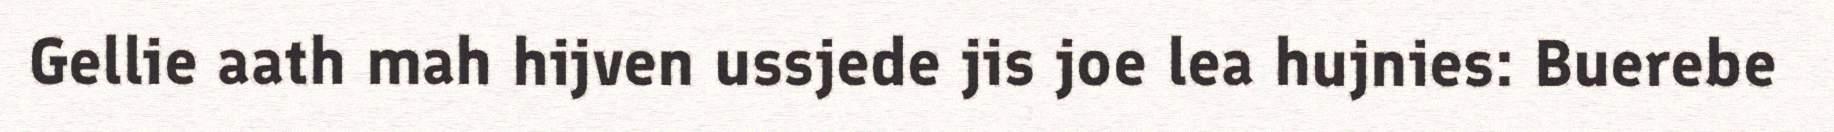
Gellie aath mah hijven ussjede jis joe lea hujnies: Buerebe